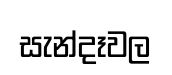
සැන්දෑවල